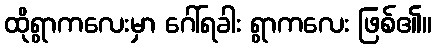
ထိုရွာကလေးမှာ ဂေါ်ရခါး ရွာကလေး ဖြစ်၏။